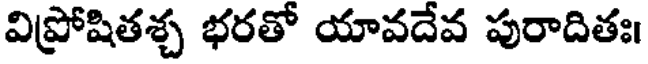
విప్రోషితశ్చ భరతో యావదేవ పురాదితః।